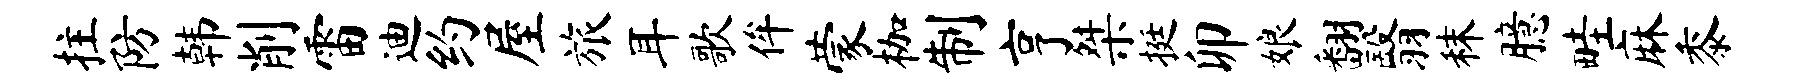
拄防韩削雷迪约屋旅耳歌侔蒙枷制亨桀挺卯娘翻翳秣臆畦麻黍